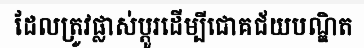
ដែលត្រូវផ្លាស់ប្តូរដើម្បីជោគជ័យបណ្ឌិត